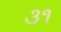
૩૧